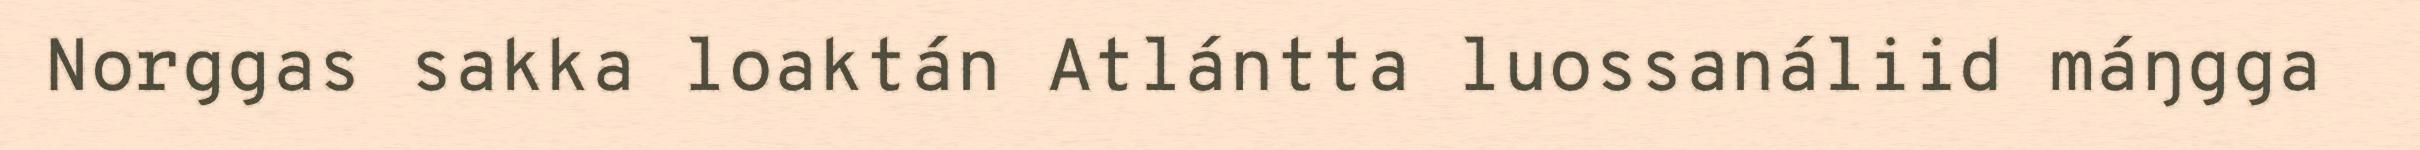
Norggas sakka loaktán Atlántta luossanáliid máŋgga